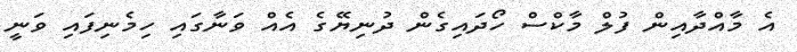
އެ މާއްދާއިން ފުލް މާކްސް ހޯދައިގެން ދުނިޔޭގެ އެއް ވަނާގައި ހިމެނިފައި ވަނީ